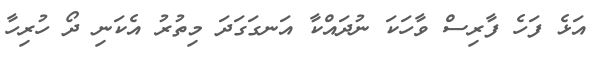
އަޅެ ފަހެ ފާރިސް ވާހަކަ ނުދައްކާ އަނގަގަދަ މިތުރު އެކަނި ދޯ ހުރިހާ